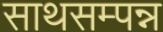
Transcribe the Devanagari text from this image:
साथसम्पन्न